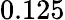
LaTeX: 0.125